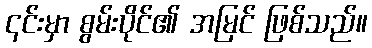
၎င်းမှာ စွမ်းပိုင်၏ အမြင် ဖြစ်သည်။